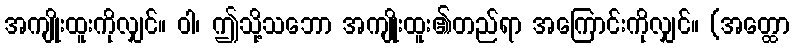
အကျိုးထူးကိုလျှင်။ ဝါ၊ ဤသို့သဘော အကျိုးထူး၏တည်ရာ အကြောင်းကိုလျှင်။ (အတ္ထော